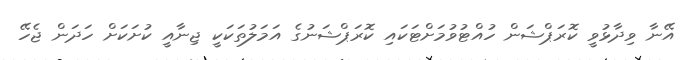
އޭނާ ވިދާޅުވީ ކޮރަޕްޝަން ހުއްޓުވުމަށްޓަކައި ކޮރަޕްޝަނުގެ އަމަލުތަކަކީ ޖިނާއީ ކުށަކަށް ހަދަން ޖެހޭ